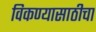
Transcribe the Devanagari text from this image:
विकण्यासाठीचा